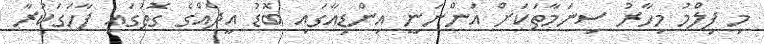
މި ފިލްމު މިހާރު ސިނަމާތަކަށް އަންނަނީ އިންޑިއާގައި ބޮޑު އީދެއްގެ ގޮތުގައި ފާހަގަކުރާ